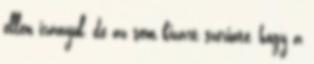
ellen irányul, de az sem kizárt szerinte, hogy a